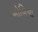
ખોળિયા